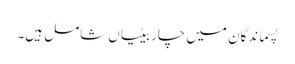
پسماندگان میں چار بیٹیاں شامل ہیں۔